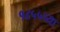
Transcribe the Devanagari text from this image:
१८५५च्या